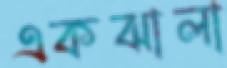
একঝালা